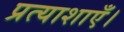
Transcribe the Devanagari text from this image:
प्रत्याशाएँ।